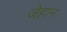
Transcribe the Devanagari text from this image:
जेहान